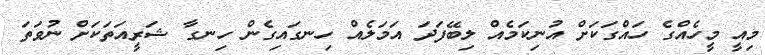
މިއީ މީހެއްގެ ހައްގަކަށް އުނިކަމެއް ލިބޭފަދަ އަމަލެއް ހިނގައިގެން ހިނގާ ޝަރީއަތަކަށް ނުވަތަ